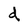
Character: d